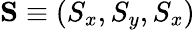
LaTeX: \mathbf{S}\equiv(S_{x},S_{y},S_{x})